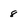
Character: 8